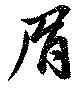
眉